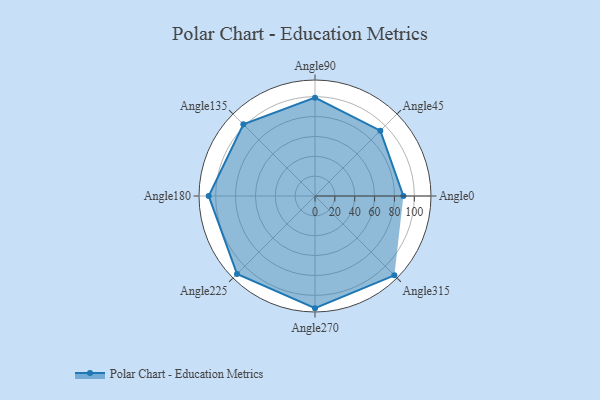
{"axis": {"x": "Angle", "y": "Radius"}, "legend": [""], "data": [{"x": "Angle0", "y": 89.0, "type": ""}, {"x": "Angle45", "y": 93.0, "type": ""}, {"x": "Angle90", "y": 99.0, "type": ""}, {"x": "Angle135", "y": 102.0, "type": ""}, {"x": "Angle180", "y": 107.0, "type": ""}, {"x": "Angle225", "y": 111.0, "type": ""}, {"x": "Angle270", "y": 113.0, "type": ""}, {"x": "Angle315", "y": 113.0, "type": ""}]}